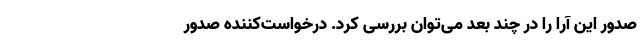
صدور این آرا را در چند بُعد می‌توان بررسی کرد. درخواست‌کننده صدور